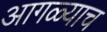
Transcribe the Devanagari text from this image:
आगळ्याच